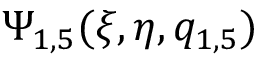
\Psi _ { 1 , 5 } ( \xi , \eta , q _ { 1 , 5 } )